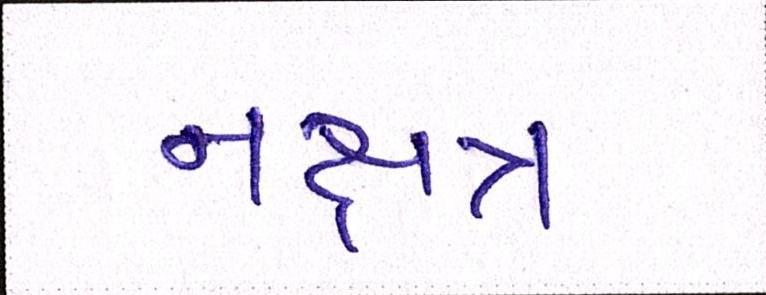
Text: નક્ષત્ર